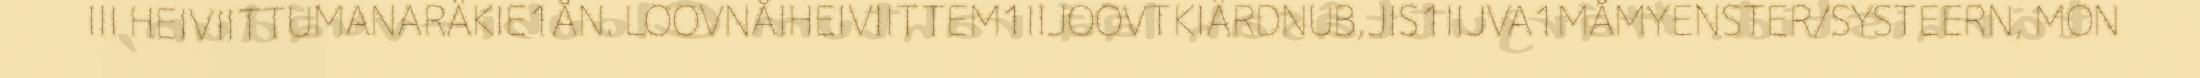
III HEIVIITTUMANARÄKIE1ÅN. LOOVNÅIHEIVIITTEM1IIJOOVTKIÄRDNUB,JIS1IIJVA1MÅMYENSTER/SYSTEERN, MON